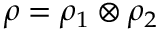
\rho = \rho _ { 1 } \otimes \rho _ { 2 }